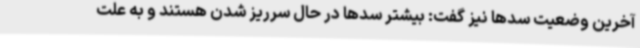
آخرین وضعیت سدها نیز گفت: بیشتر سدها در حال سرریز شدن هستند و به علت